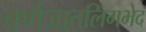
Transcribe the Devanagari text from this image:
वर्णजातलिंगभेद